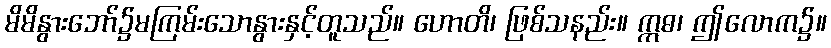
မိမိနွားဘော်၌မကြမ်းသောနွားနှင့်တူသည်။ ဟောတိ၊ ဖြစ်သနည်း။ ဣဓ၊ ဤလောက၌။